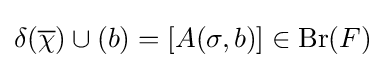
\delta ({\overline {\chi }})\cup (b)=[A(\sigma ,b)]\in {\text{Br}}(F)